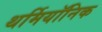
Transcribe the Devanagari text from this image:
थर्मियॉनिक